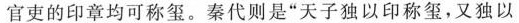
官吏的印章均可称玺。秦代则是”天子独以印称玺，又独以